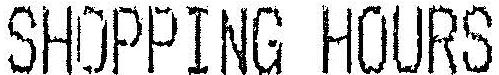
SHOPPING HOURS